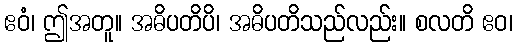
ဧဝံ၊ ဤအတူ။ အဓိပတိပိ၊ အဓိပတိသည်လည်း။ စလတိ ဧဝ၊